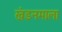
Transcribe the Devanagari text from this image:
खंडनमाला